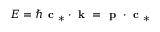
E = \hbar \textbf { c } _ { * } \cdot \textbf { k } = \textbf { p } \cdot \textbf { c } _ { * }